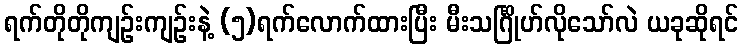
ရက်တိုတိုကျဉ်းကျဉ်းနဲ့ (၅)ရက်လောက်ထားပြီး မီးသင်္ဂြိုဟ်လိုသော်လဲ ယခုဆိုရင်